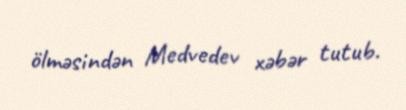
ölməsindən Medvedev xəbər tutub.